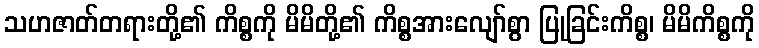
သဟဇာတ်တရားတို့၏ ကိစ္စကို မိမိတို့၏ ကိစ္စအားလျော်စွာ ပြုခြင်းကိစ္စ၊ မိမိကိစ္စကို